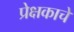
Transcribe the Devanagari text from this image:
प्रेक्षकाचे